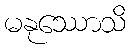
မနုဿောသိ